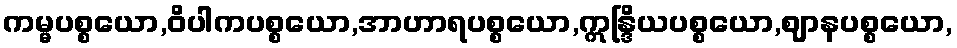
ကမ္မပစ္စယော,ဝိပါကပစ္စယော,အာဟာရပစ္စယော,ဣန္ဒြိယပစ္စယော,ဈာနပစ္စယော,